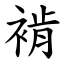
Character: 褃